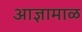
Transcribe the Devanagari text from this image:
आज्ञामाळ